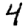
Digit: 4